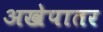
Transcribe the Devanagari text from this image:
अखेपातर